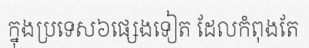
ក្នុងប្រទេស៦ផ្សេងទៀត ដែលកំពុងតែ